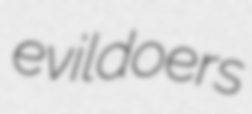
evildoers